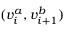
( v _ { i } ^ { a } , v _ { i + 1 } ^ { b } )